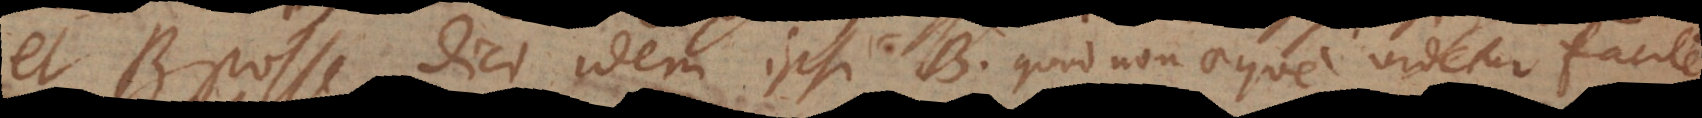
et B posse dici idem ipsi B, quod non aeque videtur facile